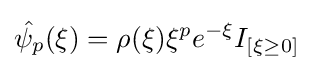
{\hat {\psi _{p}}}(\xi )=\rho (\xi )\xi ^{p}e^{-\xi }I_{[\xi \geq 0]}